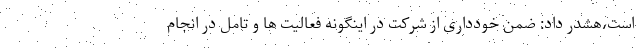
است،هشدر داد: ضمن خودداری از شرکت در اینگونه فعالیت ها و تامل در انجام